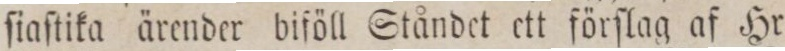
ſiaſtika ärender biföll Ståndet ett förſlag af Hr